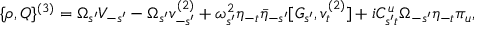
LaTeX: \{ \rho , { \cal Q } \} ^ { ( 3 ) } = \Omega _ { s ^ { \prime } } V _ { - s ^ { \prime } } - \Omega _ { s ^ { \prime } } v _ { - s ^ { \prime } } ^ { ( 2 ) } + \omega _ { s ^ { \prime } } ^ { 2 } \eta _ { - t } \bar { \eta } _ { - s ^ { \prime } } [ G _ { s ^ { \prime } } , v _ { t } ^ { ( 2 ) } ] + i C _ { s ^ { \prime } t } ^ { u } \Omega _ { - s ^ { \prime } } \eta _ { - t } \pi _ { u } ,